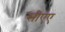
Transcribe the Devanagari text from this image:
सीएए